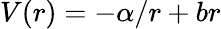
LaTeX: V(r)=-\alpha/r+br